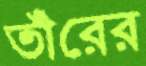
তাঁরের